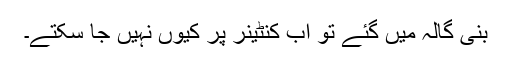
بنی گالہ میں گئے تو اب کنٹینر پر کیوں نہیں جا سکتے۔